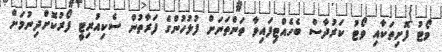
ވޯޓު ފޮށިތަކާއި ވޯޓު ކަރުދާސް ބެހެއްޓިފައިވާ ތަންތަނަށް ފުލުހުންގެ ފަރާތުން ސެކިއުރިޓީ ފޯރުކޮށްދިނުމަށް